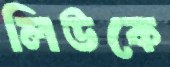
লিউকে